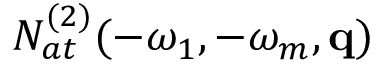
{ \cal N } _ { a t } ^ { ( 2 ) } ( - \omega _ { 1 } , - \omega _ { m } , \mathbf { q } )